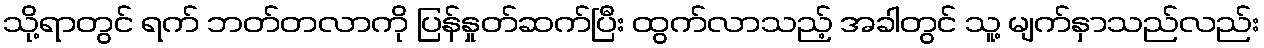
သို့ရာတွင် ရက် ဘတ်တလာကို ပြန်နှုတ်ဆက်ပြီး ထွက်လာသည့် အခါတွင် သူ့ မျက်နှာသည်လည်း